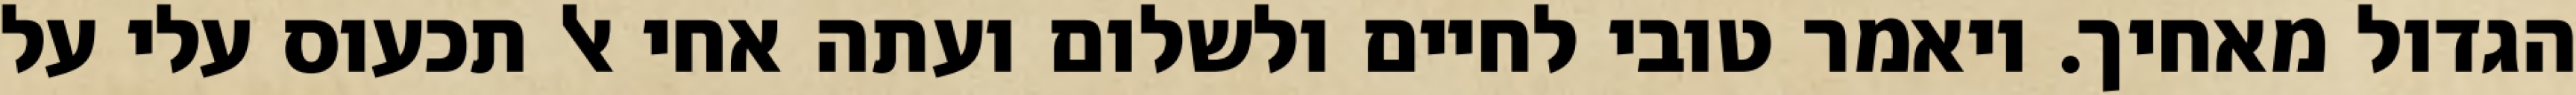
הגדול מאחיך. ויאמר טובי לחיים ולשלום ועתה אחי אל תכעוס עלי על